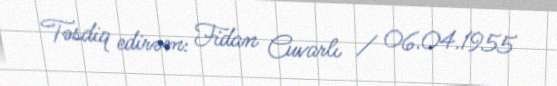
Təsdiq edirəm: Fidan Cuvarlı / 06.04.1955